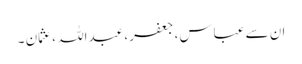
ان سے عباس، جعفر ، عبداللہ ، عثمان ۔